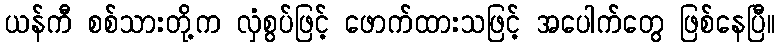
ယန်ကီ စစ်သားတို့က လှံစွပ်ဖြင့် ဖောက်ထားသဖြင့် အပေါက်တွေ ဖြစ်နေပြီ။